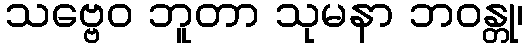
သဗ္ဗေဝ ဘူတာ သုမနာ ဘဝန္တု၊